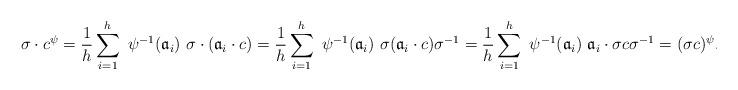
LaTeX: \begin{align*}& \sigma \cdot c^{\psi} =\dfrac{1}{h} \sum_{i =1}^h \ \psi^{-1}(\mathfrak{a}_i) \ \sigma \cdot (\mathfrak{a}_i \cdot c ) =\dfrac{1}{h} \sum_{i =1}^h \ \psi^{-1}(\mathfrak{a}_i) \ \sigma(\mathfrak{a}_i \cdot c ) \sigma^{-1} = \dfrac{1}{h} \sum_{i =1}^h \ \psi^{-1}(\mathfrak{a}_i) \ \mathfrak{a}_i \cdot \sigma c \sigma^{-1}= (\sigma c)^{\psi}.\end{align*}